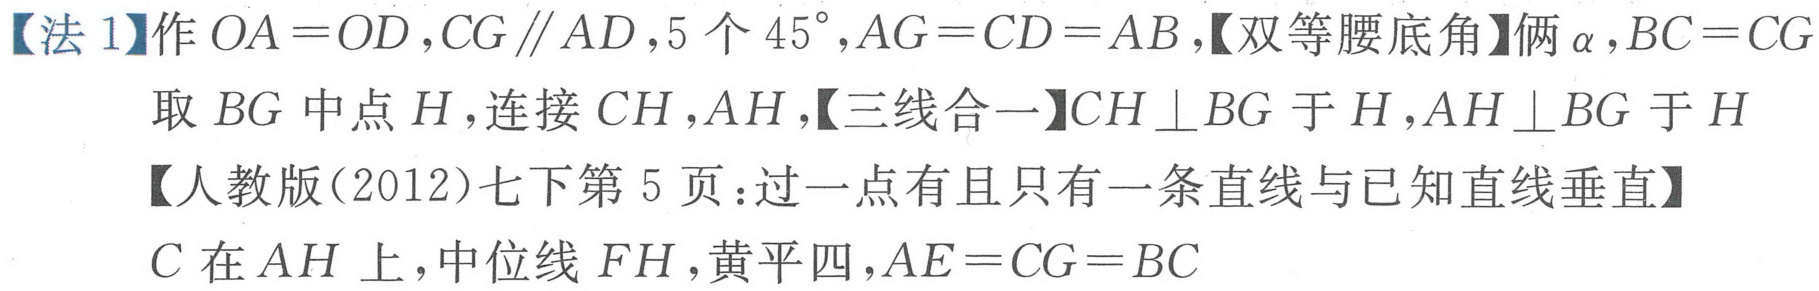
【法 1】作 \(OA = OD\), \(CG\parallel AD\), \(5\)个 \(45^{\circ}\), \(AG = CD = AB\),【双等腰底角】俩 \(\alpha\), \(BC = CG\)
取 \(BG\)中点 \(H\),连接 \(CH\), \(AH\),【三线合一】\(CH\perp BG\)于 \(H\), \(AH\perp BG\)于 \(H\)
【人教版(2012)七下第 5 页：过一点有且只有一条直线与已知直线垂直】
\(C\)在 \(AH\)上，中位线 \(FH\),黄平四, \(AE = CG = BC\)